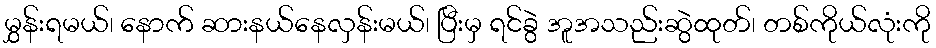
မွှန်းရမယ်၊ နောက် ဆားနယ်နေလှန်းမယ်၊ ပြီးမှ ရင်ခွဲ အူအသည်းဆွဲထုတ်၊ တစ်ကိုယ်လုံးကို